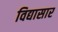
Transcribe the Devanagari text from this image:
विद्यासार